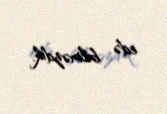
edə bilməzdik.